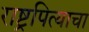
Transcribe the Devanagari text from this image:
राष्ट्रपित्याचा